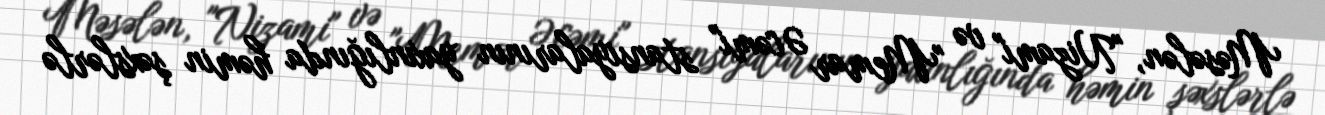
Məsələn, "Nizami" və "Memar Əcəmi" stansiyalarının yaxınlığında həmin şəxslərlə